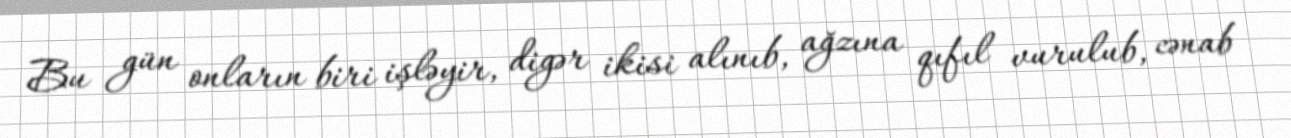
Bu gün onların biri işləyir, digər ikisi alınıb, ağzına qıfıl vurulub, cənab